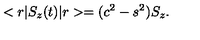
< r | S _ { z } ( t ) | r > = ( c ^ { 2 } - s ^ { 2 } ) S _ { z } .